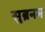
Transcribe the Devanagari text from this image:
सुब्रनम